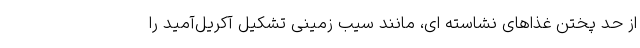
از حد پختن غذاهای نشاسته ای، مانند سیب زمینی تشکیل آکریل‌آمید را